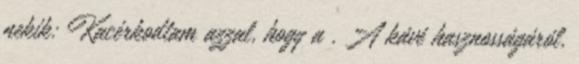
nekik: Kacérkodtam azzal, hogy a . A kávé hasznosságáról,